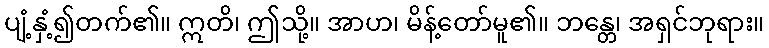
ပျံ့နှံ့၍တက်၏။ ဣတိ၊ ဤသို့။ အာဟ၊ မိန့်တော်မူ၏။ ဘန္တေ၊ အရှင်ဘုရား။